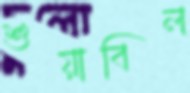
শুয়াবিল